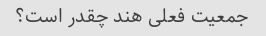
جمعیت فعلی هند چقدر است؟